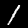
Label: 1